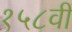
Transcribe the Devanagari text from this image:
१५८वीं